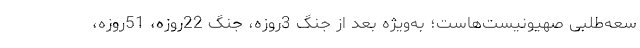
سعه‌طلبی صهیونیست‌هاست؛ به‌ویژه بعد از جنگ 3روزه، جنگ 22روزه، 51روزه،